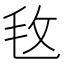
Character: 𣬲